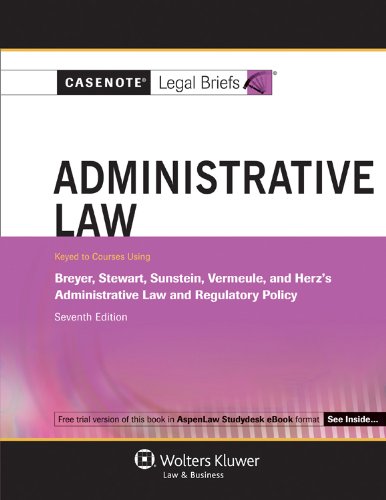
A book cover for Casenotes Legal Briefs: Administrative Law Keyed to Breyer Stewart Sunstein & Vermeule, 7th Edition (Casenote Legal Briefs); Casenotes Legal Briefs; Law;